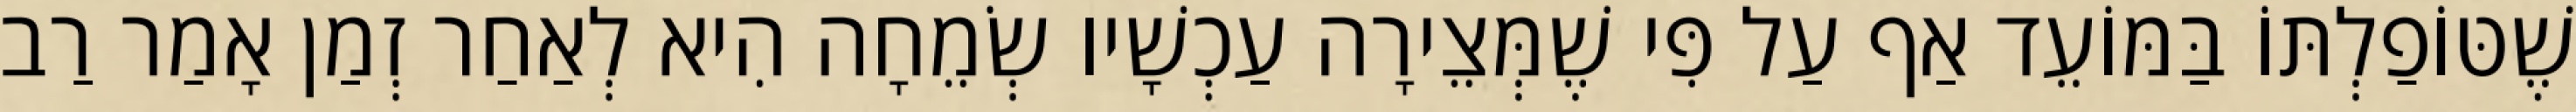
שֶׁטּוֹפַלְתּוֹ בַּמּוֹעֵד אַף עַל פִּי שֶׁמְּצֵירָה עַכְשָׁיו שְׂמֵחָה הִיא לְאַחַר זְמַן אָמַר רַב